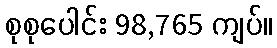
စုစုပေါင်း 98,765 ကျပ်။